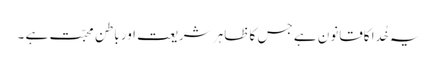
یہ خُدا کاقانون ہے جس کا ظاہر شریعت اور باطن محبّت ہے ۔